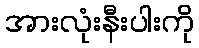
အားလုံးနီးပါးကို